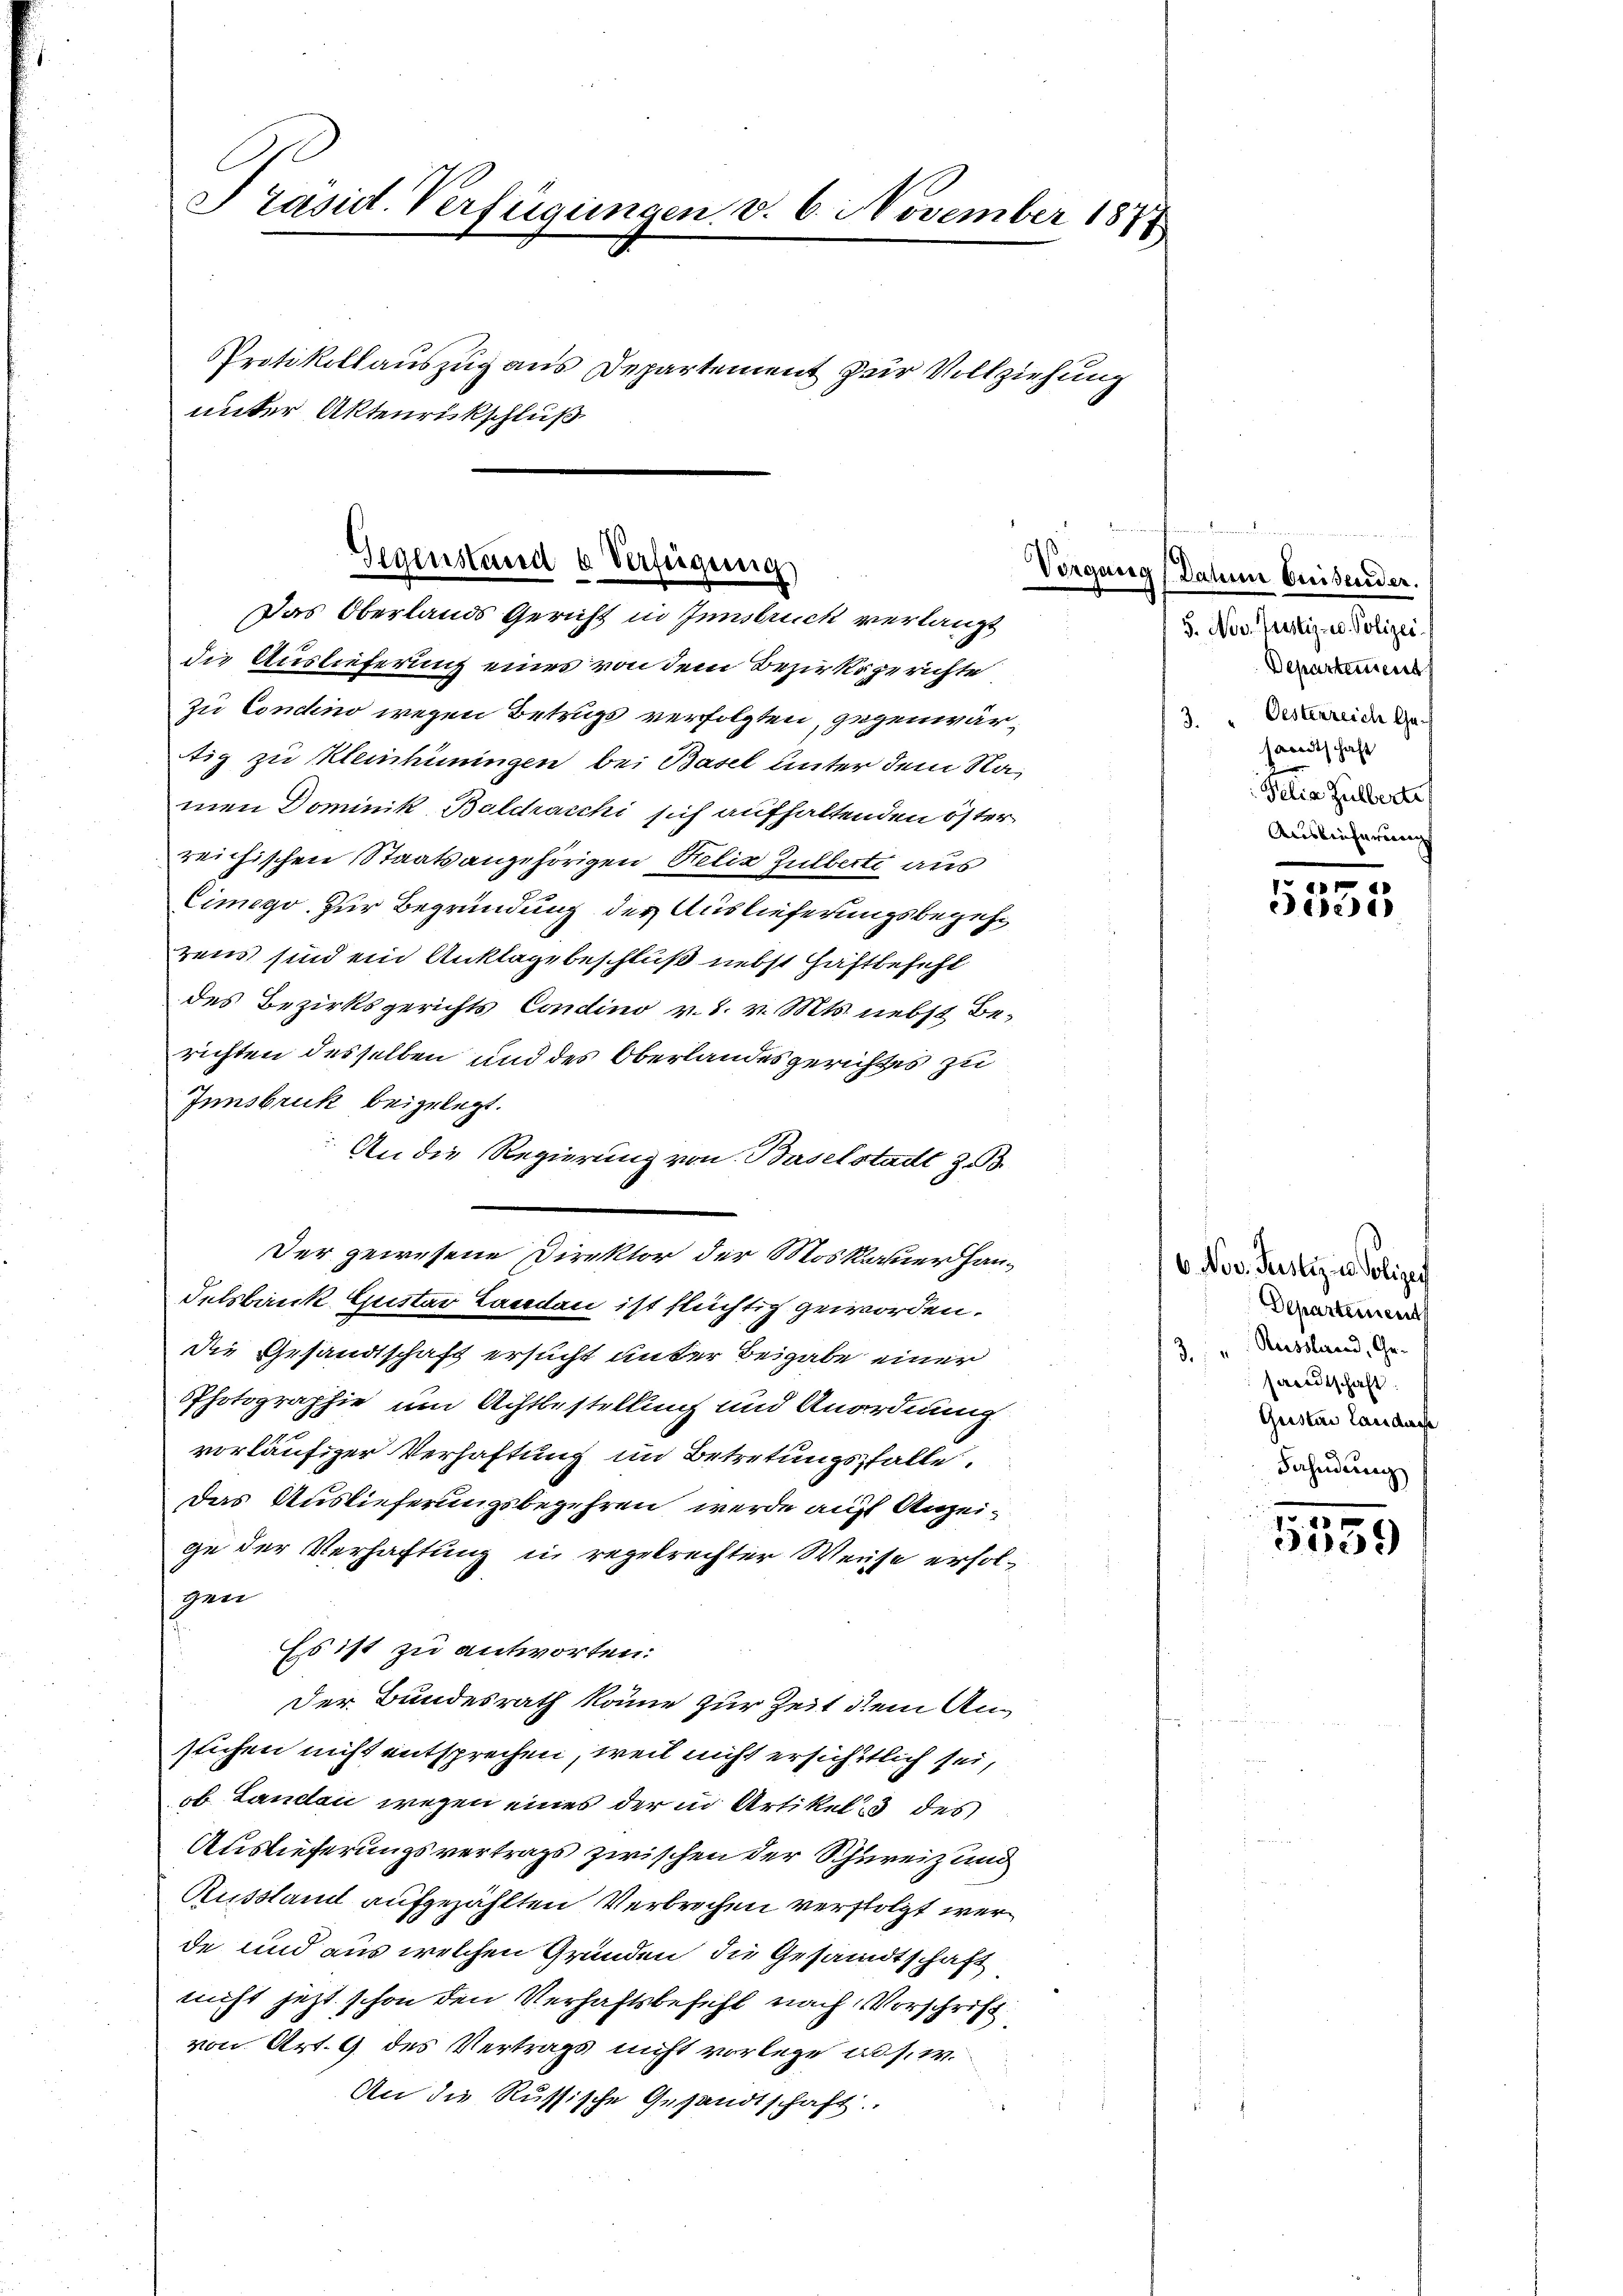
Präsid. Verfügungen v. 6. November 1878

Protokollauszug aus Departement zur Vollziehung
unter Aktenrückschluß

Gegenstand & Verfügung
Vorgang
Das Oberlands Gericht in Innsbruck verlangt

die Auslieferung eines von dem Bezirksgerichte
zu Condino wegen Betrugs verfolgten, gegenwärtig zu Kleinhüningen bei Basel unter dem Namen Dominik, Baldracchi sich aufhaltenden öster
reichischen Staatsangehörigen Relig Gulberte aus
Cimego zur Begründung der Auslieferungsbegehr
rens sind ein Anklage beschluß nebst Haftbefehl
des Bezirksgerichts Condino v. 1. v. Mts. nebst Berichten desselben und des Oberlandesgerichtes zu
Innsbruk beigelegt.
An die Regierung von Baselstadt z. B.
Der gewesene Direktor der Moskauerhan¬
Felsbank Gustar Landau ist flüchtig geworden.
die Gesandtschaft ersucht unter Beigabe einer
Photographie um Achtbestellung und Anordnung
vorläufiger Verhaftung im Betretungsfalle.
Das Auslieferungsbegehren werde auf Anzeige der Verhaftung in regelrechter Weise erfolgen
Es ist zu antworten:
Der Bundesrath könne zur Zeit dem Anstichen nicht entsprechen, weil nicht ersichtlich sei,
 Landan wegen eines der in Artikel, 3 des
Auslieferungsvertrags zwischen der Schweiz und
Russland aufgezählten Verbrechen verfolgt werde und aus welchen Gründen die Gesandtschaft
nicht jetzt schon den Verhaftsbefehl nach Vorschrift
von Art. 9 des Vertrags nicht vorlege ad s. w.
An die Russische Gesandtschaft.

Daher beeisender.
5. Nov. Justiz- u. Polizei
Departement
Oesterreich Ge¬
3.
sandtschaft
Felia Zulberte
Auslieferung

10
32

6. Nov. Justiz u. Polizei
Departement
Russland, Ge-
3.
sandtschaft.
Geisteri Landesse
Fahndung

x
539)